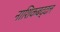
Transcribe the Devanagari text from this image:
नाशिकबद्दल